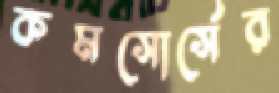
কমসোর্সের